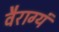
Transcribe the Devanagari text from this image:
वैराग्यं